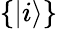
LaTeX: \{ |i\rangle\}